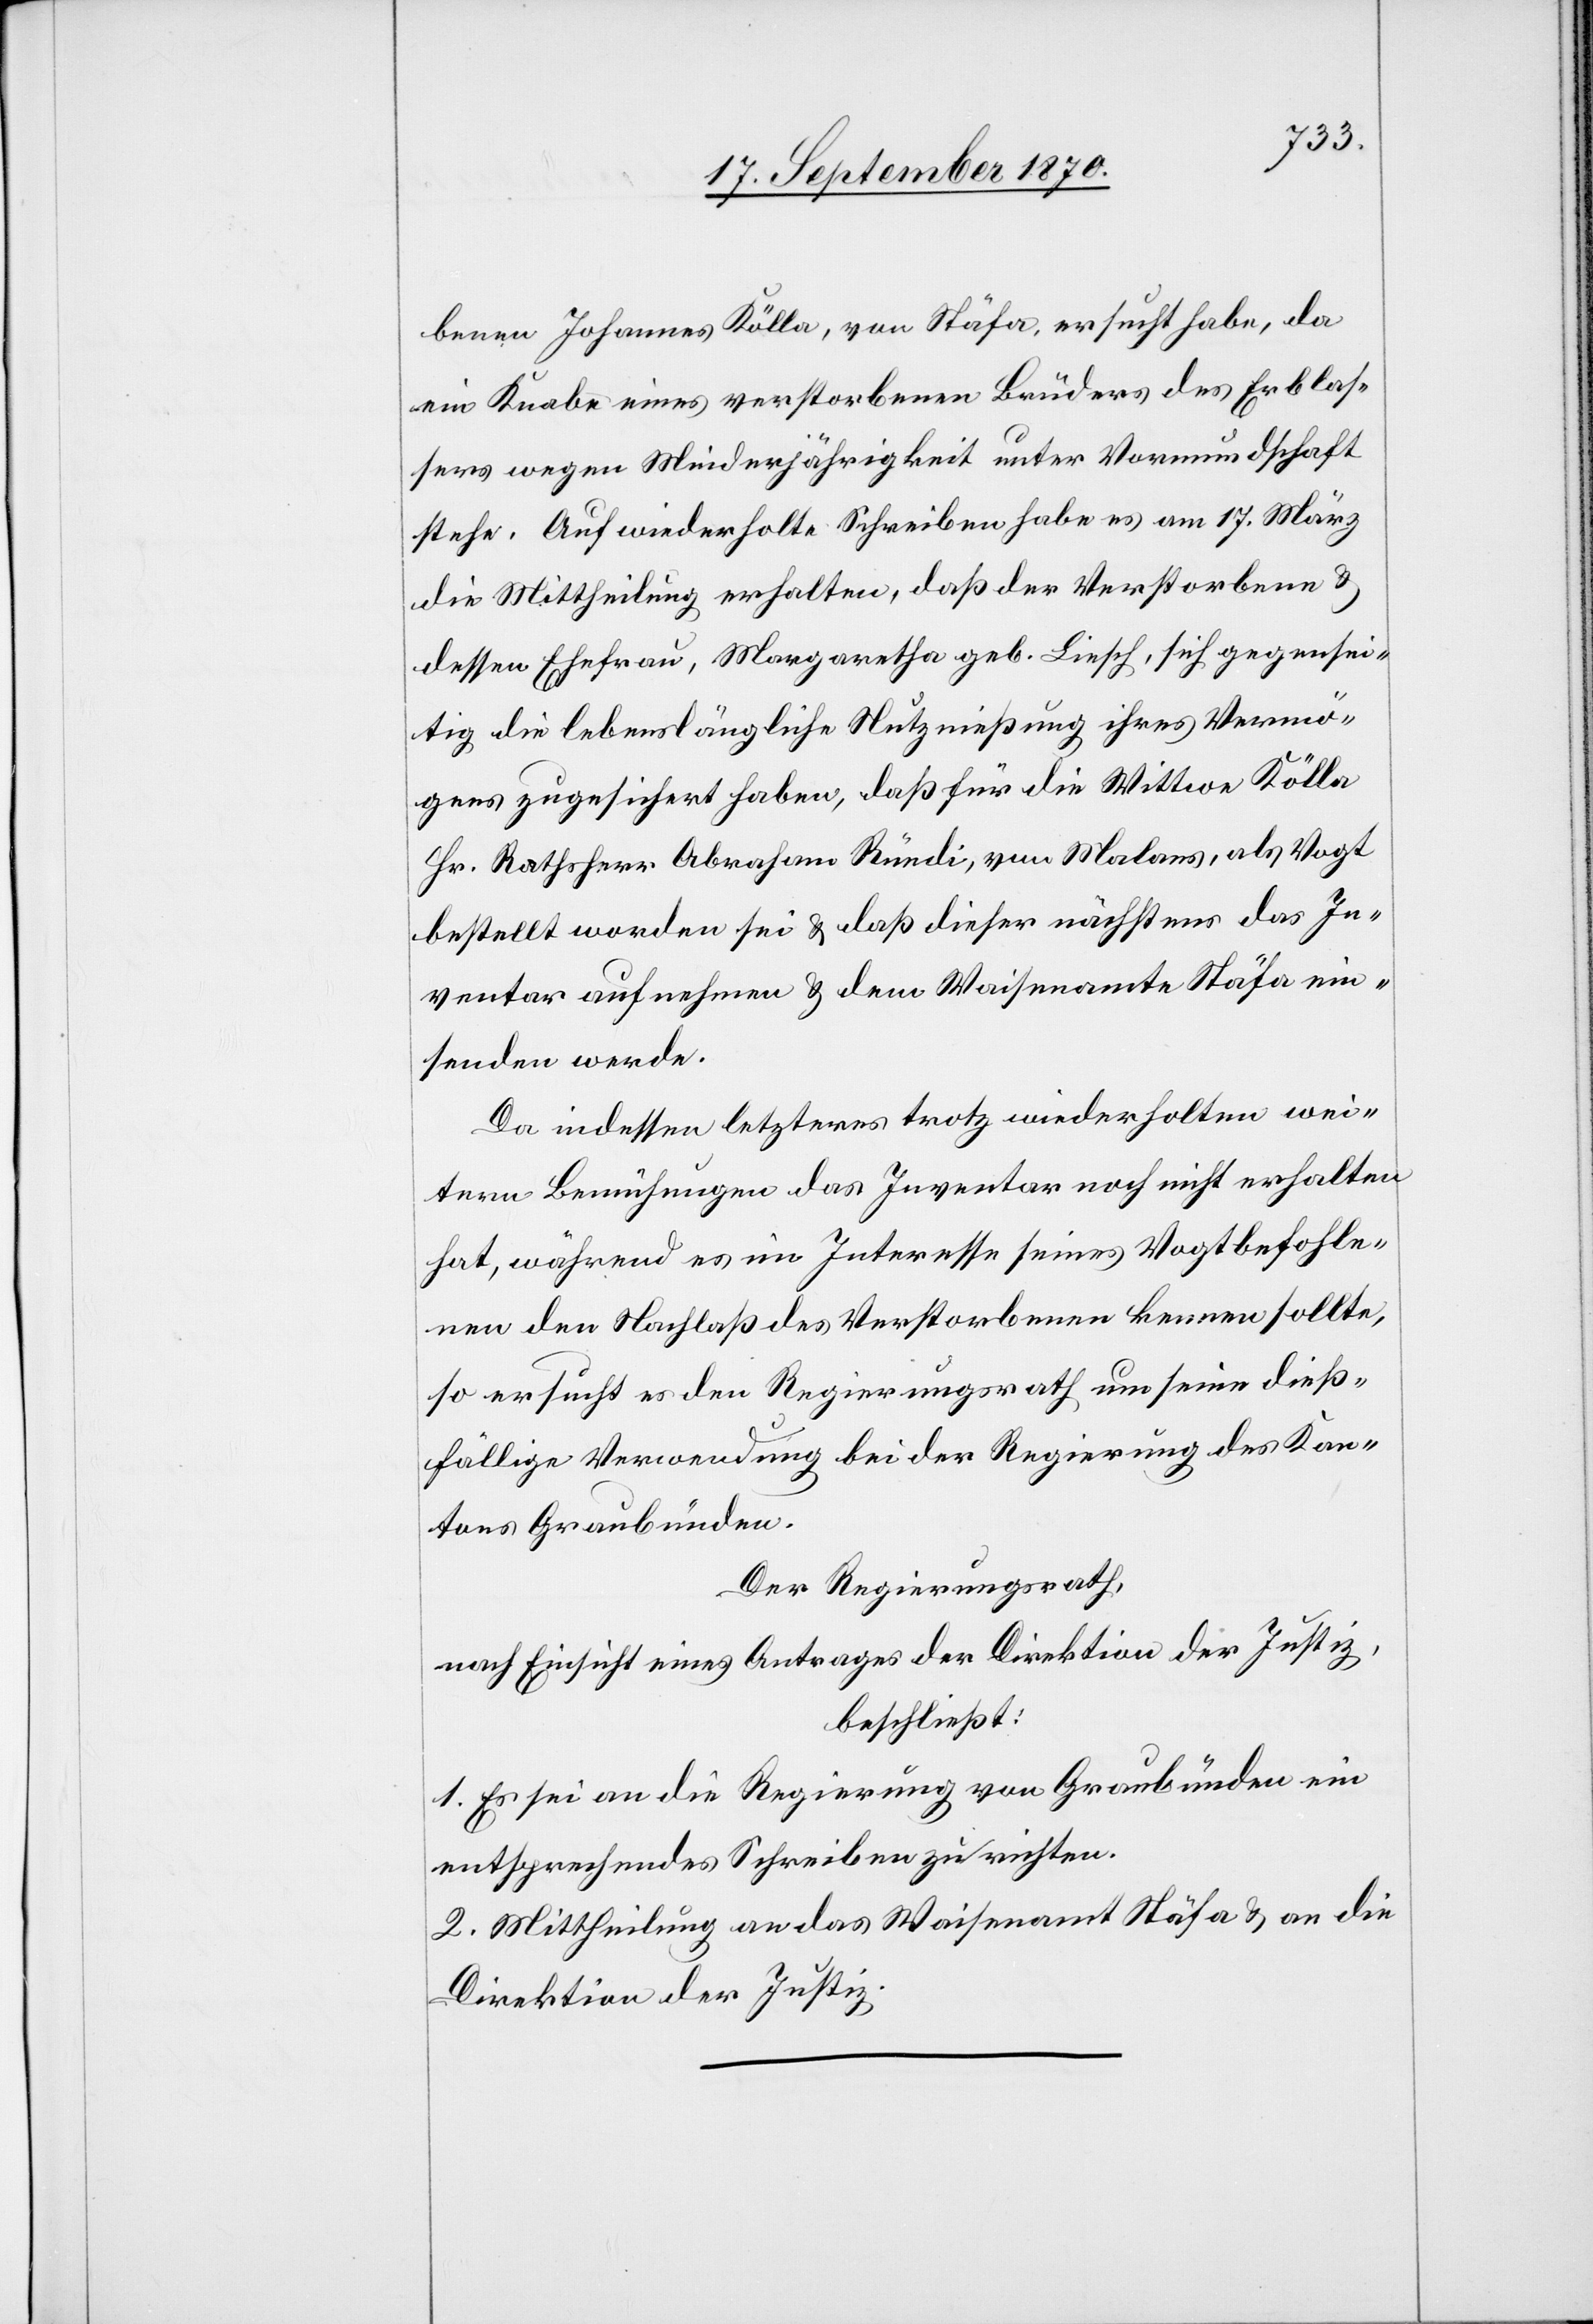
benen Johannes Kölla, von Stäfa, ersucht habe, da
ein Knabe eines verstorbenen Bruders des Erblas¬
sers wegen Minderjährigkeit unter Vormundschaft
stehe. Auf wiederholte Schreiben habe es am 17. März
die Mittheilung erhalten, daß der Verstorbene &
dessen Ehefrau, Margaretha geb. Liesch, sich gegensei¬
tig die lebenslängliche Nutznießung ihres Vermö¬
gens zugesichert haben, daß für die Wittwe Kölla
Hr. Rathsherr Abraham Rüedi, von Malans, von Malans,
bestellt worden sei & daß dieser nächstens das In¬
ventar aufnehmen & dem Waisenamte Stäfa ein¬
senden werde.
Da indessen letzteres trotz wiederholten wei¬
tern Bemühungen das Inventar noch nicht erhalten
hat, während es im Interesse seines Vogtbefohle¬
nen den Nachlaß des Verstorbenen kennen sollte,
so ersucht es den Regierungsrath um seine dieß¬
fällige Verwendung bei der Regierung des Kan¬
tons Graubünden.
Der Regierungsrath,
nach Einsicht eines Antrages der Direktion der Justiz,
beschließt:
1. Es sei an die Regierung von Graubünden ein
entsprechendes Schreiben zu richten.
2. Mittheilung an das Waisenamt Stäfa & an die
Direktion der Justiz.